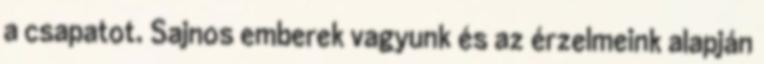
a csapatot. Sajnos emberek vagyunk és az érzelmeink alapján